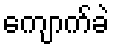
ကျောက်ခဲ